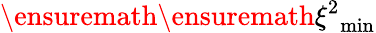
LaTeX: \ensuremath{\ensuremath{\xi^{2}}_{\mathrm{min}}}